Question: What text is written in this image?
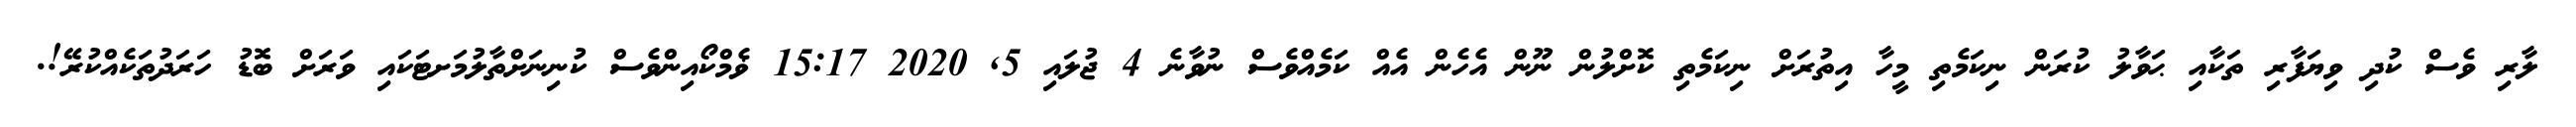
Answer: ލާރި ވެސް ކުދި ވިޔަފާރި ތަކާއި ޙަވާލު ކުރަން ނިކަމެތި މީހާ އިތުރަށް ނިކަމެތި ކޮށްލުން ނޫން އެހެން އެއް ކަމެއްވެސް ނުވާނެ 4 ޖުލައި 5, 2020 15:17 ޥެމްކޯއިންވެސް ކުނިނަށްތާލުމަށޓަކައި ވަރަށް ބޮޑު ހަރަދުތަކެއްކުރޭ!.